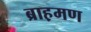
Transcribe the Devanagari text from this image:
ब्राह़मण